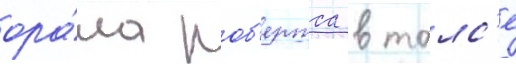
ора́ла роб'ертса в талс'е